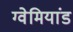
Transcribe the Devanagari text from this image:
ग्वेमियांड